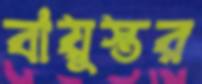
বায়ুস্তর